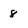
Character: 8